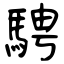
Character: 騁